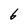
Character: 6